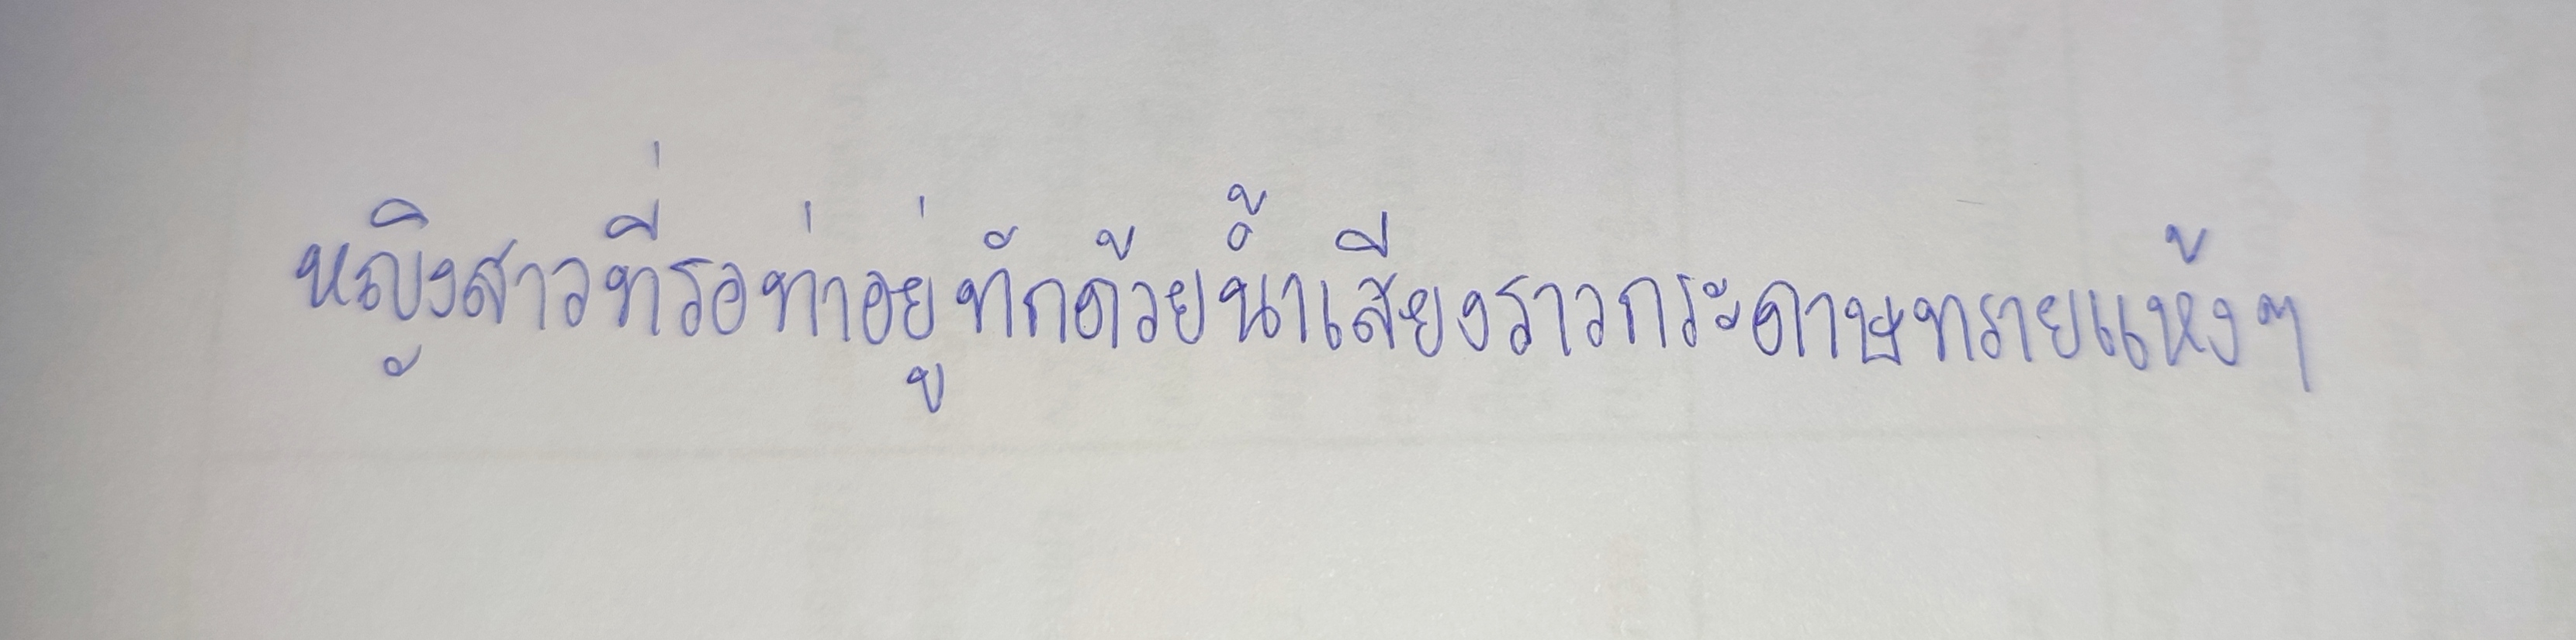
หญิงสาวที่รอท่าอยู่ทักด้วยน้ำเสียงราวกระดาษทรายแห้งๆ